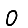
Digit: 0